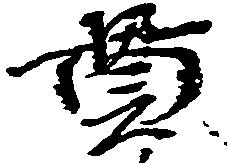
貫